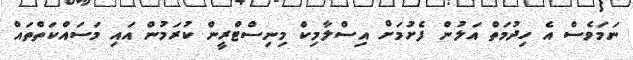
ނަމަވެސް އެ ހިދުމަތް އަލުން ފެށުމަށް އިސްލާމިކް މިނިސްޓްރީން ކުރަމުން އައި މަސައްކަތްތައް